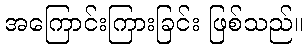
အကြောင်းကြားခြင်း ဖြစ်သည်။